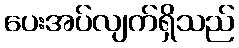
ပေးအပ်လျက်ရှိသည်